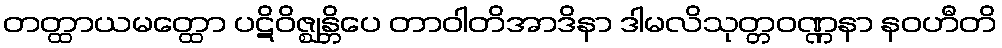
တတ္ထာယမတ္ထော ပဋိဝိဇ္ဈန္တိပေ တာဝါတိအာဒိနာ ဒါမလိသုတ္တဝဏ္ဏနာ နဝဟီတိ